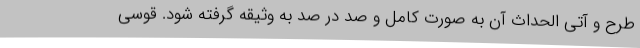
طرح و آتی الحداث آن به صورت کامل و صد در صد به وثیقه گرفته شود. قوسی